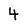
Character: 4